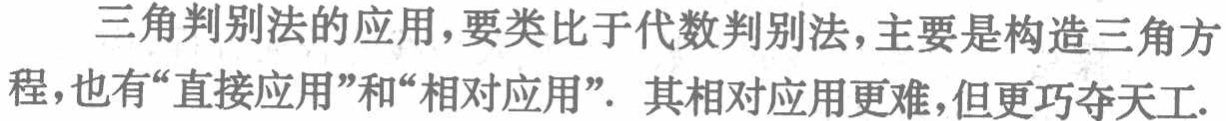
三角判别法的应用，要类比于代数判别法，主要是构造三角方程，也有“直接应用”和“相对应用”. 其相对应用更难，但更巧夺天工.